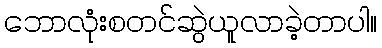
ဘောလုံးစတင်ဆွဲယူလာခဲ့တာပါ။